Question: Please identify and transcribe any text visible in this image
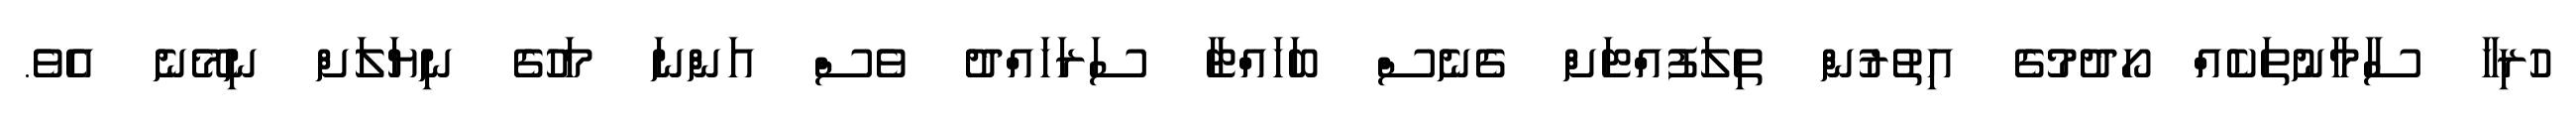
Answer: ހުރިހާ ސާމާނުތަކެއް ހޯދުމުގެ އިތުރުން ތިލަފުއްޓަށް ގެނެސް ބަހައްޓާ ސަރަހައްދު ވެސް އަންނަ މަހުގެ ނިޔަލަށް ނިމޭނެ އެވެ.